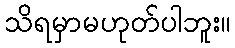
သိရမှာမဟုတ်ပါဘူး။